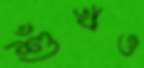
শুঁখও